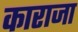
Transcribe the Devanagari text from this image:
काराजा